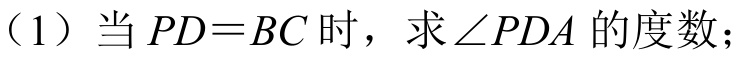
（1）当\(PD = BC\)时，求\(\angle PDA\)的度数；